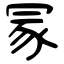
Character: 冡